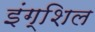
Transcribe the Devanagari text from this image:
इंग्शिल